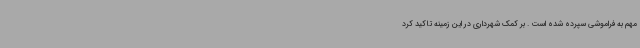
مهم به فراموشی سپرده شده است . بر کمک شهرداری در این زمینه تاکید کرد